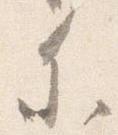
参